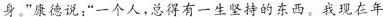
身。”康德说：“一个人，总得有一生坚持的东西。我现在年